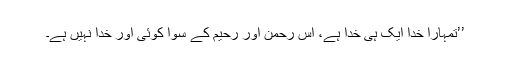
’’تمہارا خدا ایک ہی خدا ہے، اس رحمن اور رحیم کے سوا کوئی اور خدا نہیں ہے۔